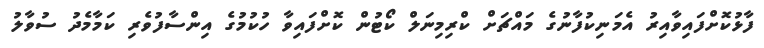
ފާޅުކޮށްފައިވާއިރު އެމަނިކުފާނުގެ މައްޗަށް ކްރިމިނަލް ކޯޓުން ކޮށްފައިވާ ހުކުމުގެ އިންސާފުވެރި ކަމާމެދު ސުވާލު